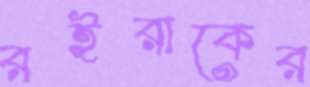
রইরাকের